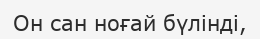
Он сан ноғай бүлінді,